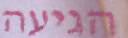
הגיעה